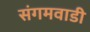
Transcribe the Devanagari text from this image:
संगमवाडी